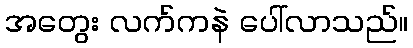
အတွေး လက်ကနဲ ပေါ်လာသည်။